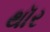
થૉર